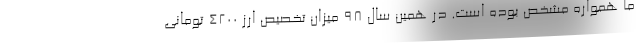
ما همواره مشخص بوده است. در همین سال ۹۸ میزان تخصیص ارز ۴۲۰۰ تومانی